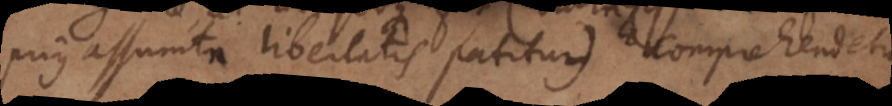
prius assumta libertatis patitur) comprehendet